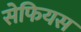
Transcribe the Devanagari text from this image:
सेफियस